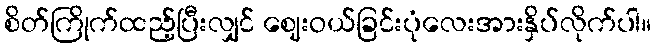
စိတ်ကြိုက်ထည့်ပြီးလျှင် ဈေးဝယ်ခြင်းပုံလေးအားနှိပ်လိုက်ပါ။